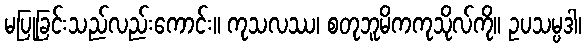
မပြုခြင်းသည်လည်းကောင်း။ ကုသလဿ၊ စတုဘူမိကကုသိုလ်ကို။ ဥပသမ္ပဒါ၊